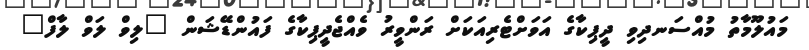
މައުލޫމާތު މުއްސަނދިވި ދީޕިކާގެ އަވަށްޓެރިއަކަށް ރަންވީރު ވެއްޖެދީޕިކާގެ ފައުންޑޭޝަން "ލިވް ލަވް ލާފް"